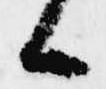
候